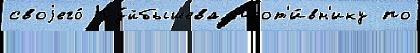
своjего́ Ку́йбышева прот'и́вн'ику по